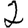
Digit: 2